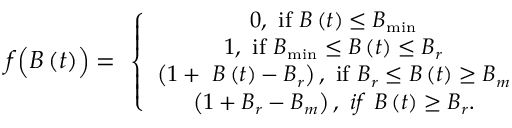
\small f \Bigl ( B \left( t \right) \Bigr ) = \ \left\{ \begin{array} { c } { 0 , \ \mathrm { i f } \ B \left( t \right) \le B _ { \mathrm { m i n } } } \\ { 1 , \ \mathrm { i f } \ B _ { \mathrm { m i n } } \le B \left( t \right) \le B _ { r } } \\ { \left( 1 + \ B \left( t \right) - B _ { r } \right) , \ \mathrm { i f } \ B _ { r } \le B \left( t \right) \ge B _ { m } } \\ { \left( 1 + B _ { r } - B _ { m } \right) , \ i f \ B \left( t \right) \ge B _ { r } . } \end{array} \right.